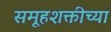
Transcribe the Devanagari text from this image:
समूहशक्तीच्या